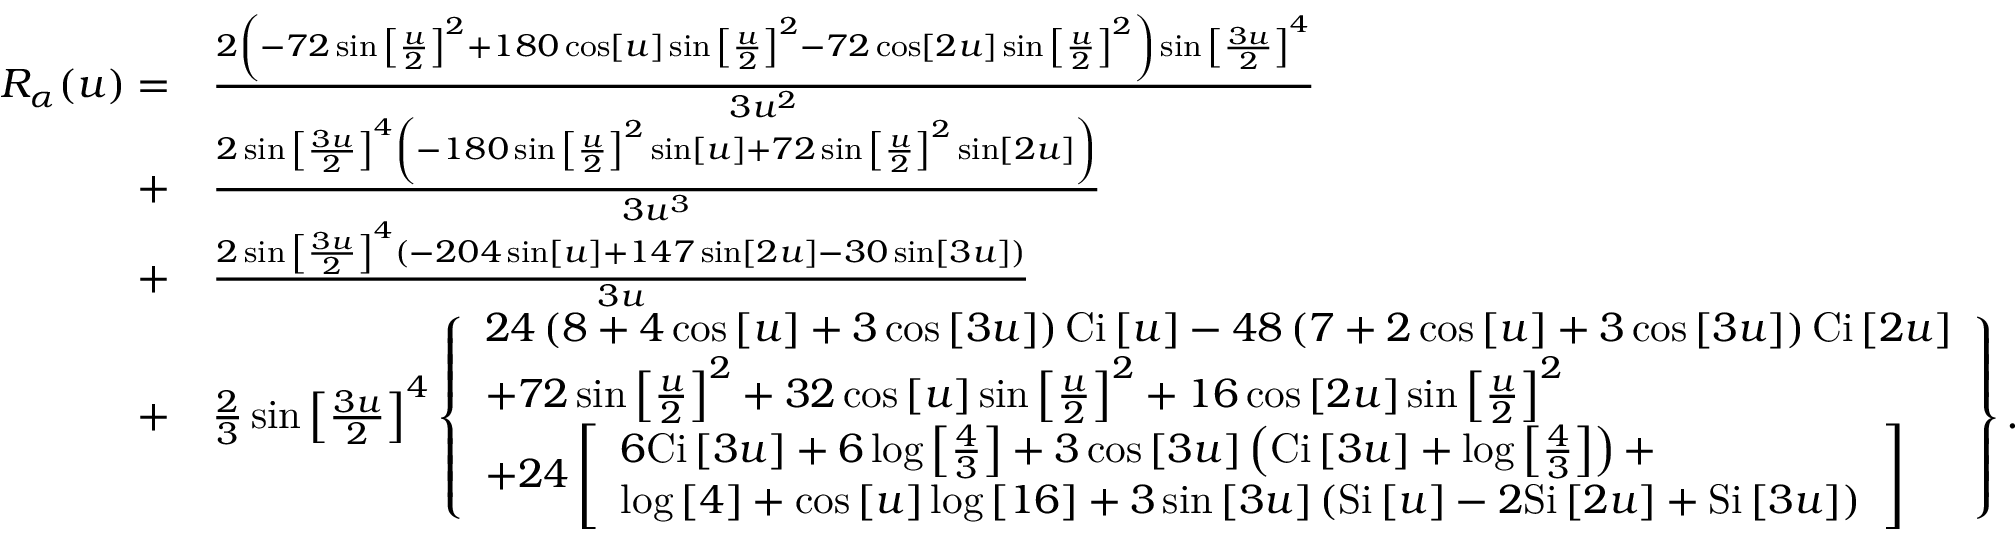
\begin{array} { r l } { { R _ { \alpha } } ( u ) = } & { \frac { { 2 \left( { - 7 2 \sin { { \left[ { \frac { u } { 2 } } \right] } ^ { 2 } } + 1 8 0 \cos \left[ u \right] \sin { { \left[ { \frac { u } { 2 } } \right] } ^ { 2 } } - 7 2 \cos \left[ { 2 u } \right] \sin { { \left[ { \frac { u } { 2 } } \right] } ^ { 2 } } } \right) \sin { { \left[ { \frac { { 3 u } } { 2 } } \right] } ^ { 4 } } } } { { 3 { u ^ { 2 } } } } } \\ { + } & { \frac { { 2 \sin { { \left[ { \frac { { 3 u } } { 2 } } \right] } ^ { 4 } } \left( { - 1 8 0 \sin { { \left[ { \frac { u } { 2 } } \right] } ^ { 2 } } \sin \left[ u \right] + 7 2 \sin { { \left[ { \frac { u } { 2 } } \right] } ^ { 2 } } \sin \left[ { 2 u } \right] } \right) } } { { 3 { u ^ { 3 } } } } } \\ { + } & { \frac { { 2 \sin { { \left[ { \frac { { 3 u } } { 2 } } \right] } ^ { 4 } } \left( { - 2 0 4 \sin \left[ u \right] + 1 4 7 \sin \left[ { 2 u } \right] - 3 0 \sin \left[ { 3 u } \right] } \right) } } { { 3 u } } } \\ { + } & { \frac { 2 } { 3 } \sin { \left[ { \frac { { 3 u } } { 2 } } \right] ^ { 4 } } \left\{ \begin{array} { l } { 2 4 \left( { 8 + 4 \cos \left[ u \right] + 3 \cos \left[ { 3 u } \right] } \right) \mathrm { { C i } } \left[ u \right] - 4 8 \left( { 7 + 2 \cos \left[ u \right] + 3 \cos \left[ { 3 u } \right] } \right) { \mathrm { C i } } \left[ { 2 u } \right] } \\ { + 7 2 \sin { \left[ { \frac { u } { 2 } } \right] ^ { 2 } } + 3 2 \cos \left[ u \right] \sin { \left[ { \frac { u } { 2 } } \right] ^ { 2 } } + 1 6 \cos \left[ { 2 u } \right] \sin { \left[ { \frac { u } { 2 } } \right] ^ { 2 } } } \\ { + 2 4 \left[ \begin{array} { l } { 6 \mathrm { { C i } } \left[ { 3 u } \right] + 6 \log \left[ { \frac { 4 } { 3 } } \right] + 3 \cos \left[ { 3 u } \right] \left( { { \mathrm { C i } } \left[ { 3 u } \right] + \log \left[ { \frac { 4 } { 3 } } \right] } \right) + } \\ { \log \left[ 4 \right] + \cos \left[ u \right] \log \left[ { 1 6 } \right] + 3 \sin \left[ { 3 u } \right] \left( { \mathrm { { S i } } \left[ u \right] - 2 { \mathrm { S i } } \left[ { 2 u } \right] + \mathrm { { S i } } \left[ { 3 u } \right] } \right) } \end{array} \right] } \end{array} \right\} . } \end{array}